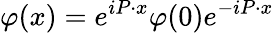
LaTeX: \varphi(x)=e^{iP\cdot x}\varphi(0)e^{-iP\cdot x}